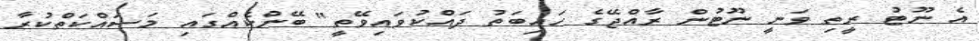
އެ ނޫޓު ރީތި ވަނީ ނޫޓުން ރާއްޖޭގެ ހައިބަތު ދައްކުވައިވޭތީ" ބޭންކެއްގައި މަސައްކަތްކުރާ